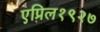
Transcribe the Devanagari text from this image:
एप्रिल१९२७